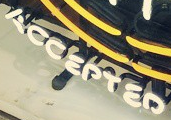
ACCEPTED